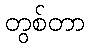
တွစ်တာ